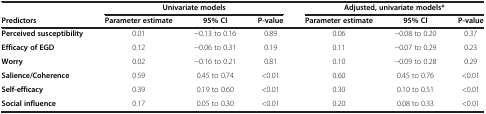
<table><thead><tr><td><b> </b></td><td colspan="3"><b>Univariate models</b></td><td colspan="3"><b>Adjusted, univariate models*</b></td></tr><tr><td><b>Predictors</b></td><td><b>Parameter estimate</b></td><td><b>95% CI</b></td><td><b>P-value</b></td><td><b>Parameter estimate</b></td><td><b>95% CI</b></td><td><b>P-value</b></td></tr></thead><tbody><tr><td><b>Perceived susceptibility</b></td><td>0.01</td><td>-0.13 to 0.16</td><td>0.89</td><td>0.06</td><td>-0.08 to 0.20</td><td>0.37</td></tr><tr><td><b>Efficacy of EGD</b></td><td>0.12</td><td>-0.06 to 0.31</td><td>0.19</td><td>0.11</td><td>-0.07 to 0.29</td><td>0.23</td></tr><tr><td><b>Worry</b></td><td>0.02</td><td>-0.16 to 0.21</td><td>0.81</td><td>0.10</td><td>-0.09 to 0.28</td><td>0.29</td></tr><tr><td><b>Salience/Coherence</b></td><td>0.59</td><td>0.45 to 0.74</td><td>&lt;0.01</td><td>0.60</td><td>0.45 to 0.76</td><td>&lt;0.01</td></tr><tr><td><b>Self-efficacy</b></td><td>0.39</td><td>0.19 to 0.60</td><td>&lt;0.01</td><td>0.30</td><td>0.10 to 0.51</td><td>&lt;0.01</td></tr><tr><td><b>Social influence</b></td><td>0.17</td><td>0.05 to 0.30</td><td>&lt;0.01</td><td>0.20</td><td>0.08 to 0.33</td><td>&lt;0.01</td></tr></tbody></table>